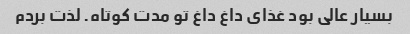
بسیار عالی بود غذای داغ داغ تو مدت کوتاه. لذت بردم